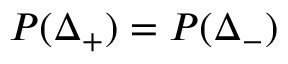
P ( \Delta _ { + } ) = P ( \Delta _ { - } )